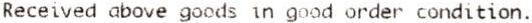
RECEIVED ABOVE GOODS IN GOOD ORDER CONDITION.